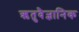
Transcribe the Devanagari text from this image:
ऋतुवैज्ञानिक